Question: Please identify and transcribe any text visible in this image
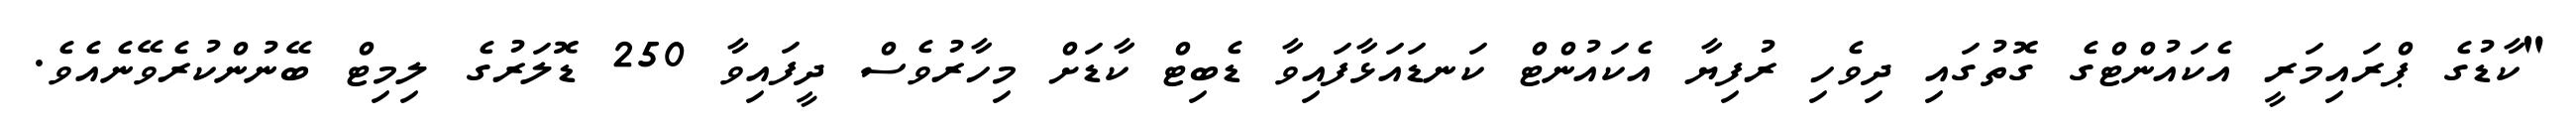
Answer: "ކާޑުގެ ޕްރައިމަރީ އެކައުންޓްގެ ގޮތުގައި ދިވެހި ރުފިޔާ އެކައުންޓް ކަނޑައަޅާފައިވާ ޑެބިޓް ކާޑަށް މިހާރުވެސް ދީފައިވާ 250 ޑޮލަރުގެ ލިމިޓް ބޭނުންކުރެވޭނެއެވެ.